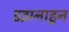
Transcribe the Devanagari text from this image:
डझनाहून